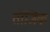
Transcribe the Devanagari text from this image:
तॉजिक